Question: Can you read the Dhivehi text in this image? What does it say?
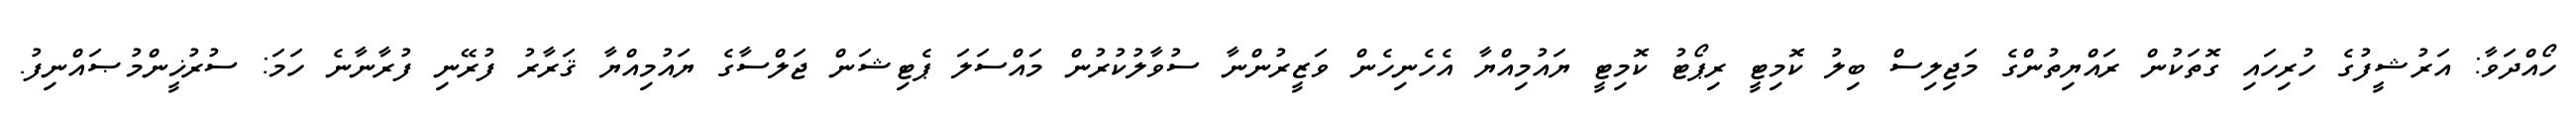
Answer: ހޯއްދަވާ: އަރުޝީފުގެ ހުރިހައި ގޮތަކުން ރައްޔިތުންގެ މަޖިލިސް ބިލު ކޮމިޓީ ރިޕޯޓު ކޮމިޓީ ޔައުމިއްޔާ އެހެނިހެން ވަޒީރުންނާ ސުވާލުކުރުން މައްސަލަ ޕެޓިޝަން ޖަލްސާގެ ޔައުމިއްޔާ ޤަރާރު ފުރޭނި ފުރާނާނެ ހަމަ: ސުރުޚީންމުޞައްނިފު.